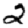
Digit: 2